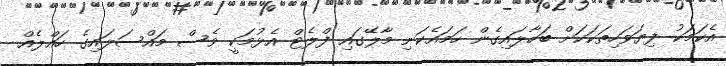
އެކަމަކު ފިޔަވަހިތަކަކަށް ބަހާލައިގެން ހަމައެކަނި މާލޭގައި ފްލެޓް އެޅުމަކީ ވެސް މައްސަލައިގެ ހައްލެއް